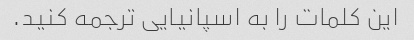
این کلمات را به اسپانیایی ترجمه کنید.